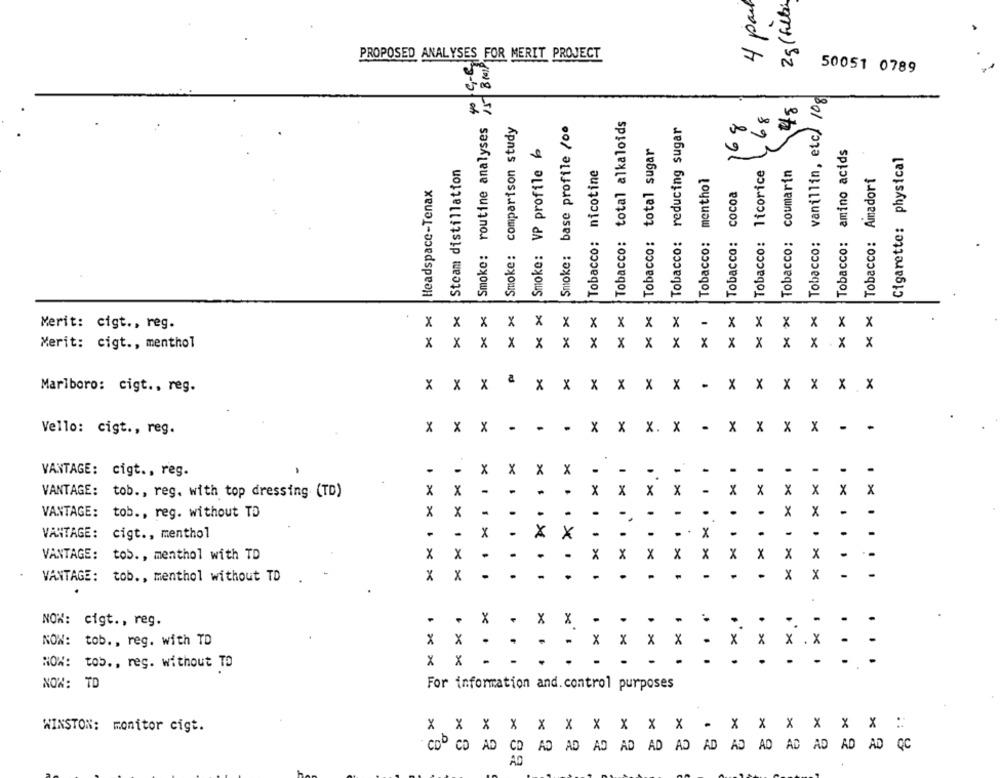
4 part
2g(filhos
PROPOSED ANALYSES FOR MERIT PROJECT
C-C
Smoke: routine analyses 15 8R
50051 0789
4º
Tobacco: vanillin, etc/ 10g
L.68
45
Smoke: base profile /00
Tobacco: total alkaloids
168
Smoke: comparison study
Tobacco: reducing sugar
Smoke: VP profile 6
Tobacco: total sugar
Tobacco: amino acids
Cigarette: physical
Steam distillation
Tobacco: nicotine
Tobacco: licorice
Tobacco: coumarin
Tobacco: Amadori
Tobacco: menthol
Headspace-Tenax
Tobacco: cocoa
Merit: cigt ., reg.
x x x x
x
X
X
x x
x
-
x
x 1
X
x
x
X
X
X
Merit: cigt ., menthol
x x x x
X
X
x X
x
X
x
X
x
x
Marlboro: cigt ., reg.
xxx a
x x
x
XX
x
x
X
X
x x x
x x x -
.
x x X. x
X X X X .
Vello: cigt ., reg.
......
. .....
......
-
-
VANTAGE: cigt ., reg.
-
x x x x
1 . 1
X
VANTAGE: tob ., reg. with top dressing (TD)
x x
x x x x
x x x x x 1
VANTAGE: tob ., reg. without TD
x
x
-
. .. .
-
. .
. XX -
VANTAGE: cigt ., menthol
-
-
x
. xx
. . X -
.
-
.
-
-
-
..
VANTAGE: tos ., menthol with TD
x
X
.. .
x x
x
.
.
-
.
- X x
-
VANTAGE: tob ., menthol without TD
x
. . .
-
..
4
1
NOW: cigt ., reg.
X
X
-
. .
.. .
.
-
NOW: tob ., reg. with TD
Xx .
.
x x x x
.
x x x .x
Xx --
.
-
NOW: tob ., reg. without TO
NON: TD
For information and. control purposes
WINSTON: monitor cigt.
x X X X X x x x x x x x x x x
x :
CDD CD AD CD AD AD AD AD AD AD AD AD AD AD
AD AD AD QC
AD